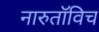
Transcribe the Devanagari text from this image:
नारुतॉविच